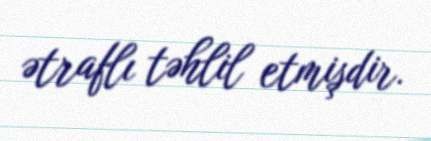
ətraflı təhlil etmişdir.